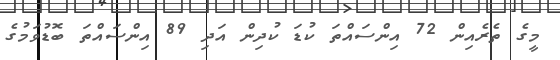
މީގެ ތެރެއިން 72 އިންސައްތަ ކުޑަ ކުދިން އަދި 89 އިންސައްތަ ބޮޑުވަމުގެ